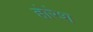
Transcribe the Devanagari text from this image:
होरेश